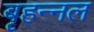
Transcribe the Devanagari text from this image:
बृहन्नल